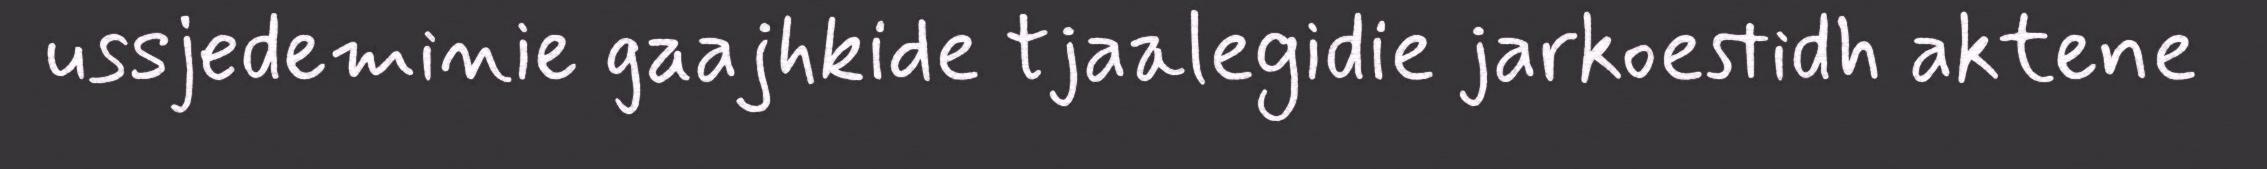
ussjedeminie gaajhkide tjaalegidie jarkoestidh aktene